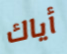
أياك